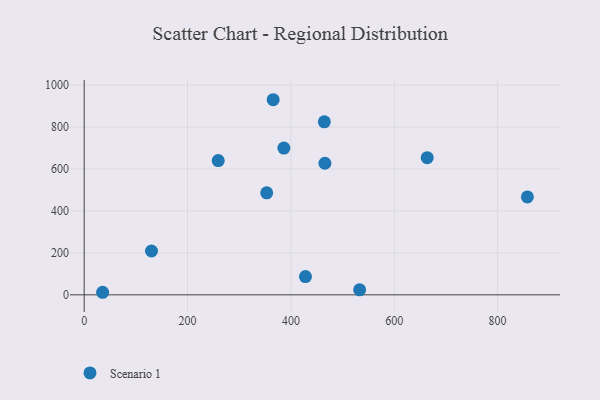
{"axis": {"x": "Investment", "y": "Yield"}, "legend": ["Scenario 1"], "data": [{"x": "428.2", "y": 87.0, "type": "Scenario 1"}, {"x": "465.8", "y": 627.2, "type": "Scenario 1"}, {"x": "386.4", "y": 699.7, "type": "Scenario 1"}, {"x": "353.2", "y": 486.3, "type": "Scenario 1"}, {"x": "130.3", "y": 209.0, "type": "Scenario 1"}, {"x": "663.8", "y": 653.7, "type": "Scenario 1"}, {"x": "857.6", "y": 466.5, "type": "Scenario 1"}, {"x": "365.7", "y": 930.0, "type": "Scenario 1"}, {"x": "259.4", "y": 639.9, "type": "Scenario 1"}, {"x": "464.7", "y": 824.7, "type": "Scenario 1"}, {"x": "533.0", "y": 24.1, "type": "Scenario 1"}, {"x": "35.7", "y": 12.2, "type": "Scenario 1"}]}